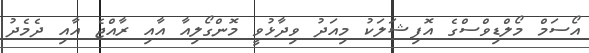
އޯސަމް މޯލްޑިވްސްގެ އޮފިޝަލަކު މިއަދު ވިދާޅުވީ މޮންގޯލިއާ އާއި ރާއްޖެ އާއި ދެމެދު